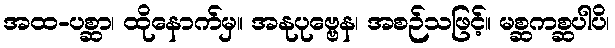
အထ-ပစ္ဆာ၊ ထိုနောက်မှ။ အနုပုဗ္ဗေန၊ အစဉ်သဖြင့်။ မစ္ဆကစ္ဆပါပိ၊